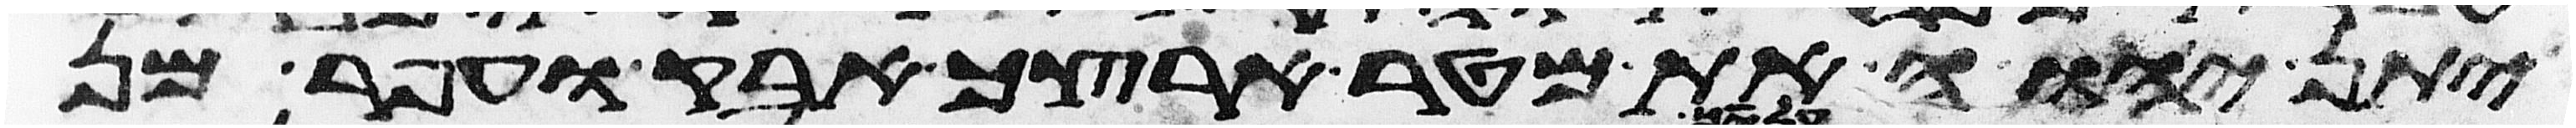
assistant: יתן יהוה את מטר ארצך אבק ועפר מן